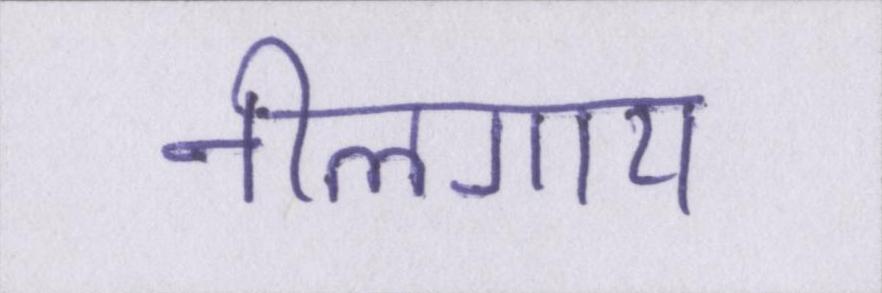
नीलगाय